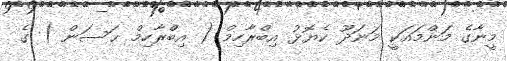
މީނާގެ މަންމައަކީ މަނަދޫ ކެޔޮޅު އިބްރާހިމް ( އިބްރާހިމް ޙަސަން ) ގެ